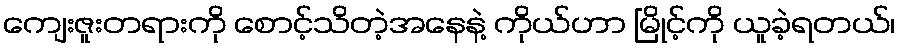
ကျေးဇူးတရားကို စောင့်သိတဲ့အနေနဲ့ ကိုယ်ဟာ မြိုင့်ကို ယူခဲ့ရတယ်၊